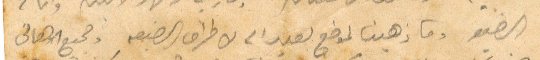
الضيق وما ذهبت لموضع بعيد الا لاطراف الضيعة وجميع الأهالي